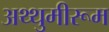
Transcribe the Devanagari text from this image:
अथ्थुमीरूम